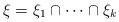
LaTeX: \begin{align*}\xi=\xi_1\cap\cdots\cap \xi_k\end{align*}